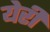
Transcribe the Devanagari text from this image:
येरी